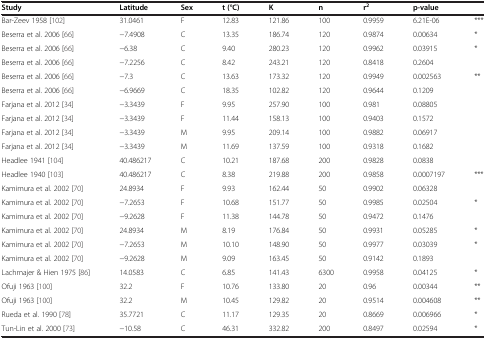
<table><thead><tr><td><b>Study</b></td><td><b>Latitude</b></td><td><b>Sex</b></td><td><b>t (°C)</b></td><td><b>K</b></td><td><b>n</b></td><td><b>r<sup>2</sup></b></td><td><b>p-value</b></td><td><b> </b></td></tr></thead><tbody><tr><td>Bar-Zeev 1958 [102]</td><td>31.0461</td><td>F</td><td>12.83</td><td>121.86</td><td>100</td><td>0.9959</td><td>6.21E-06</td><td>***</td></tr><tr><td>Beserra et al. 2006 [66]</td><td>-7.4908</td><td>C</td><td>13.35</td><td>186.74</td><td>120</td><td>0.9874</td><td>0.00634</td><td>*</td></tr><tr><td>Beserra et al. 2006 [66]</td><td>-6.38</td><td>C</td><td>9.40</td><td>280.23</td><td>120</td><td>0.9962</td><td>0.03915</td><td>*</td></tr><tr><td>Beserra et al. 2006 [66]</td><td>-7.2256</td><td>C</td><td>8.42</td><td>243.21</td><td>120</td><td>0.8418</td><td>0.2604</td><td> </td></tr><tr><td>Beserra et al. 2006 [66]</td><td>-7.3</td><td>C</td><td>13.63</td><td>173.32</td><td>120</td><td>0.9949</td><td>0.002563</td><td>**</td></tr><tr><td>Beserra et al. 2006 [66]</td><td>-6.9669</td><td>C</td><td>18.35</td><td>102.82</td><td>120</td><td>0.9644</td><td>0.1209</td><td> </td></tr><tr><td>Farjana et al. 2012 [34]</td><td>-3.3439</td><td>F</td><td>9.95</td><td>257.90</td><td>100</td><td>0.981</td><td>0.08805</td><td> </td></tr><tr><td>Farjana et al. 2012 [34]</td><td>-3.3439</td><td>F</td><td>11.44</td><td>158.13</td><td>100</td><td>0.9403</td><td>0.1572</td><td> </td></tr><tr><td>Farjana et al. 2012 [34]</td><td>-3.3439</td><td>M</td><td>9.95</td><td>209.14</td><td>100</td><td>0.9882</td><td>0.06917</td><td> </td></tr><tr><td>Farjana et al. 2012 [34]</td><td>-3.3439</td><td>M</td><td>11.69</td><td>137.59</td><td>100</td><td>0.9318</td><td>0.1682</td><td> </td></tr><tr><td>Headlee 1941 [104]</td><td>40.486217</td><td>C</td><td>10.21</td><td>187.68</td><td>200</td><td>0.9828</td><td>0.0838</td><td> </td></tr><tr><td>Headlee 1940 [103]</td><td>40.486217</td><td>C</td><td>8.38</td><td>219.88</td><td>200</td><td>0.9858</td><td>0.0007197</td><td>***</td></tr><tr><td>Kamimura et al. 2002 [70]</td><td>24.8934</td><td>F</td><td>9.93</td><td>162.44</td><td>50</td><td>0.9902</td><td>0.06328</td><td> </td></tr><tr><td>Kamimura et al. 2002 [70]</td><td>-7.2653</td><td>F</td><td>10.68</td><td>151.77</td><td>50</td><td>0.9985</td><td>0.02504</td><td>*</td></tr><tr><td>Kamimura et al. 2002 [70]</td><td>-9.2628</td><td>F</td><td>11.38</td><td>144.78</td><td>50</td><td>0.9472</td><td>0.1476</td><td> </td></tr><tr><td>Kamimura et al. 2002 [70]</td><td>24.8934</td><td>M</td><td>8.19</td><td>176.84</td><td>50</td><td>0.9931</td><td>0.05285</td><td>*</td></tr><tr><td>Kamimura et al. 2002 [70]</td><td>-7.2653</td><td>M</td><td>10.10</td><td>148.90</td><td>50</td><td>0.9977</td><td>0.03039</td><td>*</td></tr><tr><td>Kamimura et al. 2002 [70]</td><td>-9.2628</td><td>M</td><td>9.09</td><td>163.45</td><td>50</td><td>0.9142</td><td>0.1893</td><td> </td></tr><tr><td>Lachmajer &amp; Hien 1975 [86]</td><td>14.0583</td><td>C</td><td>6.85</td><td>141.43</td><td>6300</td><td>0.9958</td><td>0.04125</td><td>*</td></tr><tr><td>Ofuji 1963 [100]</td><td>32.2</td><td>F</td><td>10.76</td><td>133.80</td><td>20</td><td>0.96</td><td>0.00344</td><td>**</td></tr><tr><td>Ofuji 1963 [100]</td><td>32.2</td><td>M</td><td>10.45</td><td>129.82</td><td>20</td><td>0.9514</td><td>0.004608</td><td>**</td></tr><tr><td>Rueda et al. 1990 [78]</td><td>35.7721</td><td>C</td><td>11.17</td><td>129.35</td><td>20</td><td>0.8669</td><td>0.006966</td><td>*</td></tr><tr><td>Tun-Lin et al. 2000 [73]</td><td>-10.58</td><td>C</td><td>46.31</td><td>332.82</td><td>200</td><td>0.8497</td><td>0.02594</td><td>*</td></tr></tbody></table>